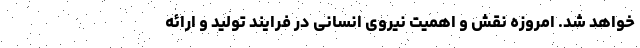
خواهد شد. امروزه نقش و اهمیت نیروی انسانی در فرایند تولید و ارائه